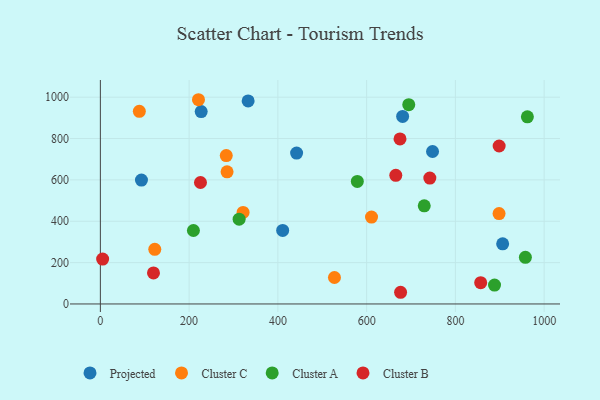
{"axis": {"x": "Price", "y": "Rating"}, "legend": ["Cluster A", "Cluster B", "Cluster C", "Projected"], "data": [{"x": "410.8", "y": 355.4, "type": "Projected"}, {"x": "906.5", "y": 290.8, "type": "Projected"}, {"x": "681.1", "y": 907.1, "type": "Projected"}, {"x": "333.0", "y": 981.7, "type": "Projected"}, {"x": "92.6", "y": 599.3, "type": "Projected"}, {"x": "227.2", "y": 930.5, "type": "Projected"}, {"x": "748.5", "y": 737.4, "type": "Projected"}, {"x": "442.2", "y": 729.5, "type": "Projected"}, {"x": "285.5", "y": 639.0, "type": "Cluster C"}, {"x": "122.6", "y": 264.2, "type": "Cluster C"}, {"x": "321.6", "y": 442.5, "type": "Cluster C"}, {"x": "87.8", "y": 931.7, "type": "Cluster C"}, {"x": "527.5", "y": 128.0, "type": "Cluster C"}, {"x": "898.4", "y": 437.3, "type": "Cluster C"}, {"x": "221.1", "y": 987.7, "type": "Cluster C"}, {"x": "283.7", "y": 717.4, "type": "Cluster C"}, {"x": "611.0", "y": 420.2, "type": "Cluster C"}, {"x": "957.7", "y": 225.6, "type": "Cluster A"}, {"x": "888.2", "y": 91.4, "type": "Cluster A"}, {"x": "962.2", "y": 905.0, "type": "Cluster A"}, {"x": "209.7", "y": 355.2, "type": "Cluster A"}, {"x": "729.8", "y": 474.4, "type": "Cluster A"}, {"x": "694.9", "y": 963.9, "type": "Cluster A"}, {"x": "579.0", "y": 592.8, "type": "Cluster A"}, {"x": "312.7", "y": 410.0, "type": "Cluster A"}, {"x": "676.5", "y": 56.5, "type": "Cluster B"}, {"x": "665.7", "y": 622.3, "type": "Cluster B"}, {"x": "225.6", "y": 587.3, "type": "Cluster B"}, {"x": "898.6", "y": 764.0, "type": "Cluster B"}, {"x": "742.4", "y": 608.8, "type": "Cluster B"}, {"x": "5.1", "y": 217.3, "type": "Cluster B"}, {"x": "857.0", "y": 102.7, "type": "Cluster B"}, {"x": "119.7", "y": 150.3, "type": "Cluster B"}, {"x": "675.2", "y": 798.2, "type": "Cluster B"}]}